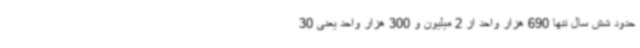
حدود شش سال تنها 690 هزار واحد از 2 میلیون و 300 هزار واحد یعنی 30